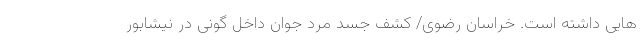
هایی داشته است. خراسان رضوی/ کشف جسد مرد جوان داخل گونی در نیشابور